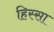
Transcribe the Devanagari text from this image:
हिस्सा